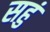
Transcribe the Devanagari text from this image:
सहुं